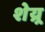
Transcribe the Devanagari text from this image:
शेय्र्र